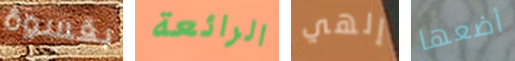
بقسوة الرائعة إلهي أضعها